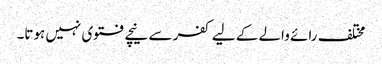
مختلف رائے والے کے لیے کفر سے نیچے فتوی نہیں ہوتا۔